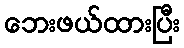
ဘေးဖယ်ထားပြီး